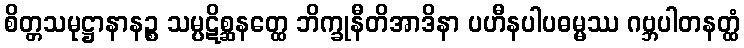
စိတ္တသမုဋ္ဌာနာနဉ္စ သမ္ပဋိစ္ဆနတ္ထေ ဘိက္ခုနီတိအာဒိနာ ပဟီနပါပဓမ္မဿ ဂဗ္ဘပါတနတ္ထံ